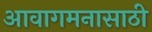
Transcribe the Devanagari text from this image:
आवागमनासाठी